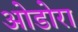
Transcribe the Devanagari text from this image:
ओडोरा